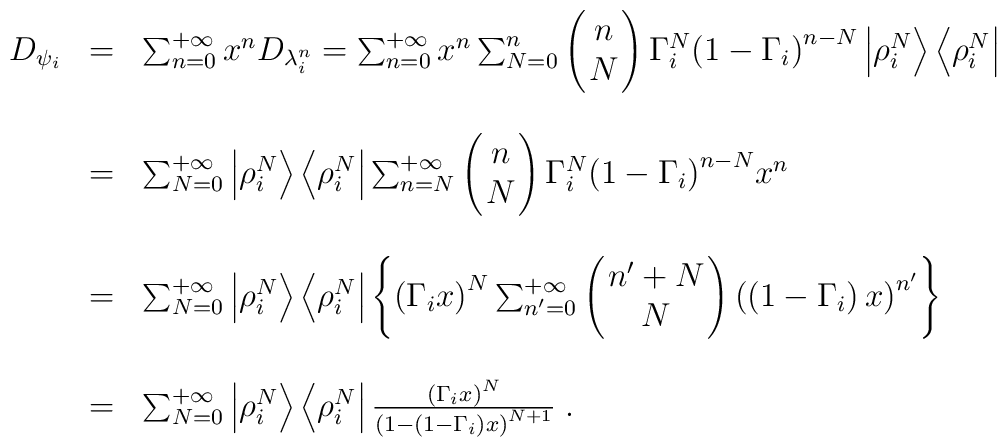
\begin{array}{rcl}D_{\psi_i}&=&\sum_{n=0}^{+\infty}x^n D_{\lambda_i^n}=\sum_{n=0}^{+\infty}x^n\sum_{N=0}^{n}\left(\!\!\begin{array}{c}n\\N\end{array}\!\!\right)\Gamma_i^N{\left(1-\Gamma_i\right)}^{n-N}\left|\rho_i^N\right>\left<\rho_i^N\right|\\\\\ &=&\sum_{N=0}^{+\infty}\left|\rho_i^N\right>\left<\rho_i^N\right|\sum_{n=N}^{+\infty}\left(\!\!\begin{array}{c}n\\N\end{array}\!\!\right)\Gamma_i^N{\left(1-\Gamma_i\right)}^{n-N}x^n\\\\\ &=&\sum_{N=0}^{+\infty}\left|\rho_i^N\right>\left<\rho_i^N\right|\left\{{\left(\Gamma_ix\right)}^N\sum_{n'=0}^{+\infty}\left(\!\!\begin{array}{c}{n'+N}\\N\end{array}\!\!\right){\left(\left(1-\Gamma_i\right)x\right)}^{n'}\right\}\\\\\ &=&\sum_{N=0}^{+\infty}\left|\rho_i^N\right>\left<\rho_i^N\right|\frac{{\left(\Gamma_ix\right)}^N}{{\left(1-\left(1-\Gamma_i\right)x\right)}^{N+1}}\;.\end{array}